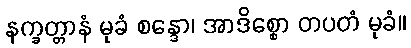
နက္ခတ္တာနံ မုခံ စန္ဒော၊ အာဒိစ္စော တပတံ မုခံ။